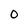
Character: 0